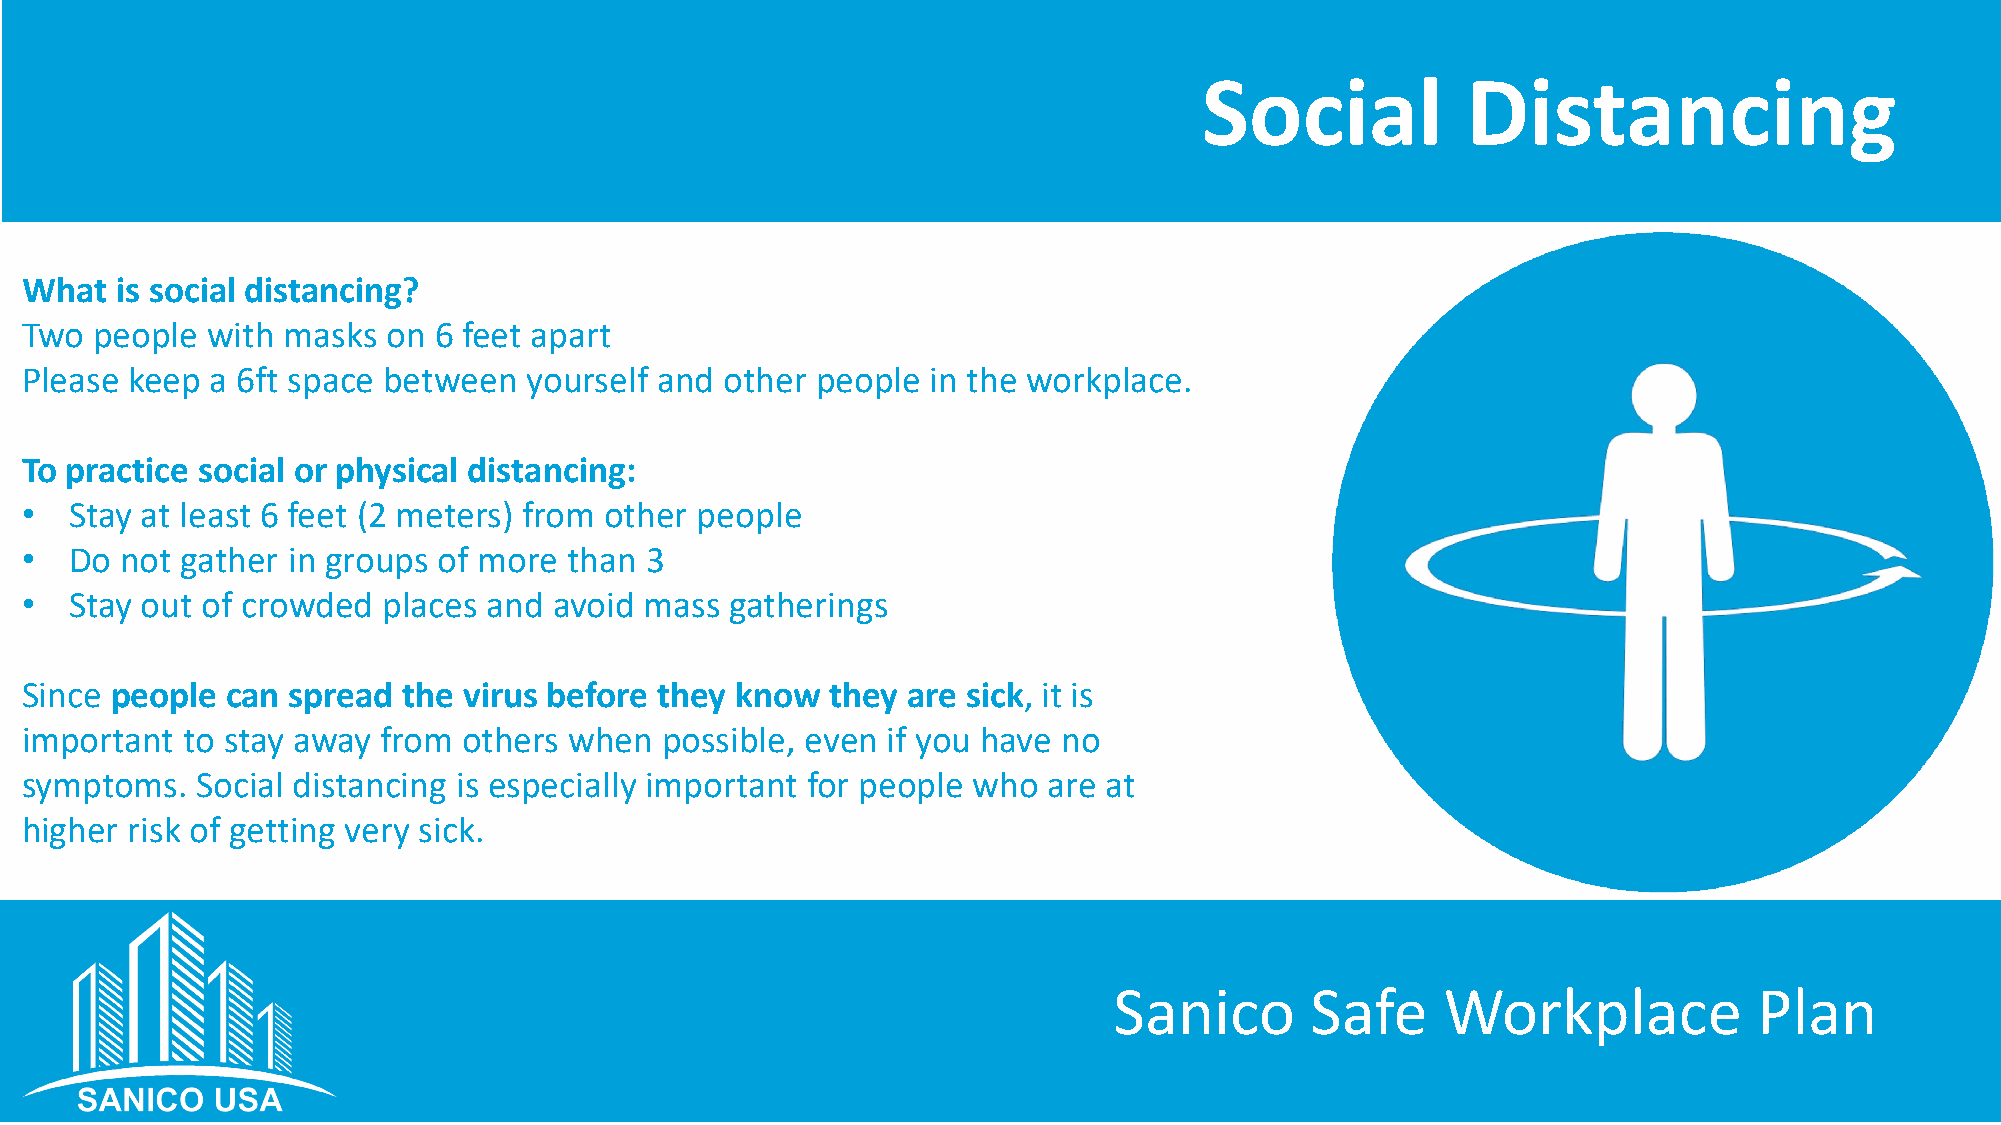
Social           Distancing
 What   is social distancing?
 Two  people  with masks  on 6 feet apart
 Please  keep a 6ft space between  yourself and other people  in the workplace.
 To practice social or physical distancing:
 •   Stay at least 6 feet (2 meters) from other people
 •   Do not gather in groups of more  than 3
 •   Stay out of crowded places and  avoid mass gatherings
 Since people  can spread  the virus before they know  they are sick, it is
 important  to stay away from  others when  possible, even if you have no
 symptoms.   Social distancing is especially important for people who are at
 higher risk of getting very sick.
 Sanico       Safe     Workplace           Plan